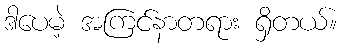
ဒါပေမဲ့ အကြင်နာတရား ရှိတယ်။